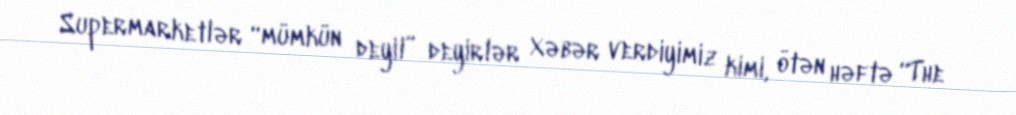
Supermarketlər “mümkün deyil” deyirlər Xəbər verdiyimiz kimi, ötən həftə “The